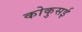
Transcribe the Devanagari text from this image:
कोकुसई